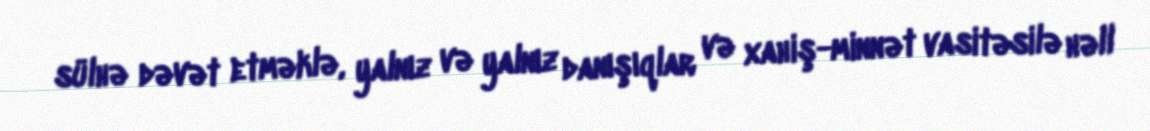
sülhə dəvət etməklə, yalnız və yalnız danışıqlar və xahiş-minnət vasitəsilə həll